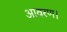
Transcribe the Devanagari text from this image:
आवरण।